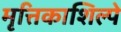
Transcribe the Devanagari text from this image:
मृत्तिकाशिल्पे